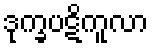
ဒုက္ခပဋိကူလာ